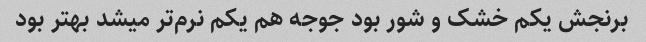
برنجش یکم خشک و شور بود جوجه هم یکم نرم‌تر میشد بهتر بود